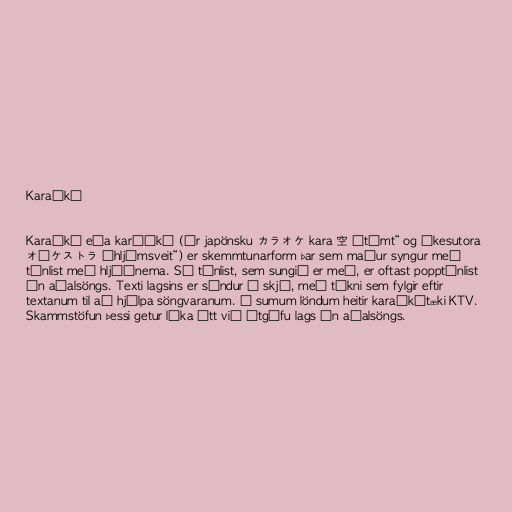
Karaókí

Karaókí eða karíókí (úr japönsku カラオケ kara 空 „tómt“ og ōkesutora
オーケストラ „hljómsveit“) er skemmtunarform þar sem maður syngur með
tónlist með hljóðnema. Sú tónlist, sem sungið er með, er oftast popptónlist
án aðalsöngs. Texti lagsins er sýndur á skjá, með tákni sem fylgir eftir
textanum til að hjálpa söngvaranum. Í sumum löndum heitir karaókítæki KTV.
Skammstöfun þessi getur líka átt við útgáfu lags án aðalsöngs.